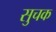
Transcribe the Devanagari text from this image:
सुचक